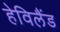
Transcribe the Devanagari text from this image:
हेविलैंड